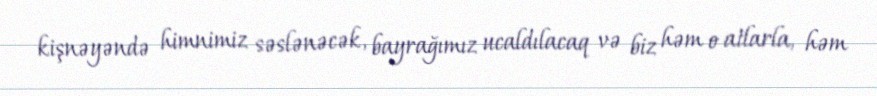
kişnəyəndə himnimiz səslənəcək, bayrağımız ucaldılacaq və biz həm o atlarla, həm